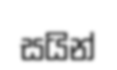
සයින්